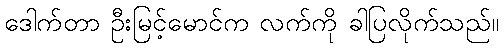
ဒေါက်တာ ဦးမြင့်မောင်က လက်ကို ခါပြလိုက်သည်။